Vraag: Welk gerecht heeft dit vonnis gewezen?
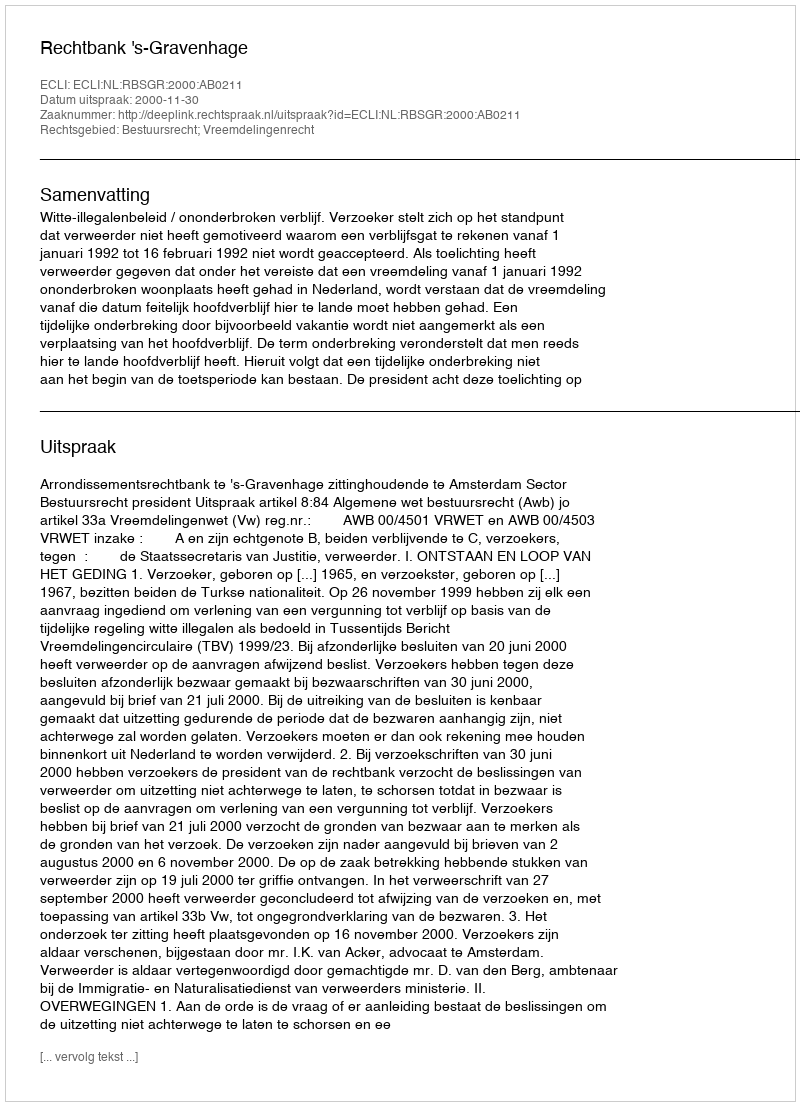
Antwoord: Rechtbank 's-Gravenhage